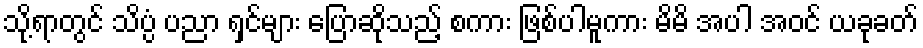
သို့ရာတွင် သိပ္ပံ ပညာ ရှင်များ ပြောဆိုသည့် စကား ဖြစ်ပါမူကား မိမိ အပါ အဝင် ယခုခတ်